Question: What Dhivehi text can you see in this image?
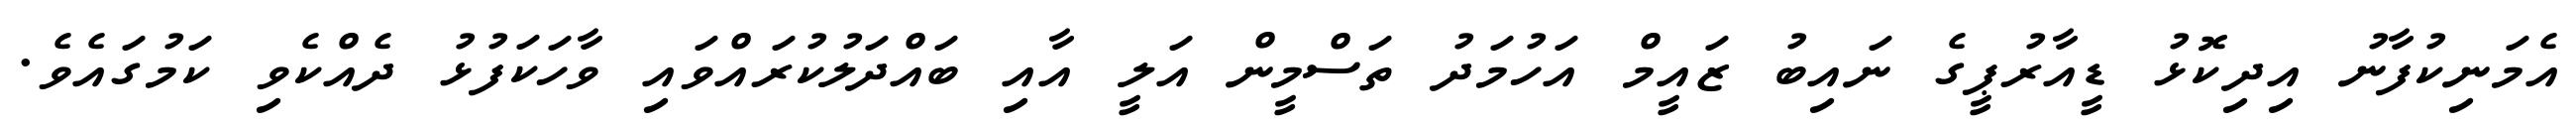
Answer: އެމަނިކުފާނު އިދިކޮޅު ޑީއާރުޕީގެ ނައިބު ޒައީމް އަހުމަދު ތަސްމީން އަލީ އާއި ބައްދަލުކުރައްވައި ވާހަކަފުޅު ދެއްކެވި ކަމުގައެވެ.